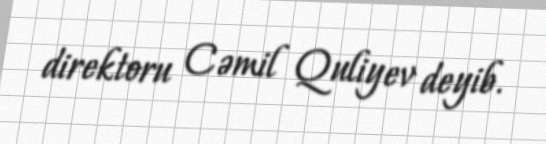
direktoru Cəmil Quliyev deyib.